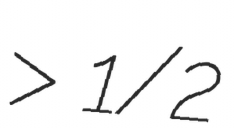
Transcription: > 1/2